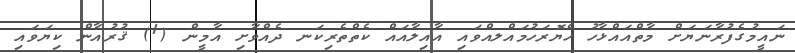
ނައީމުގެފުރާނަޔަށް މާތްއައްޅާހު ހެޔޮރަހުމައްލއްވައި އާއިލާއައް ކެތްތެރިކަނ ދެއްވާށި އާމީން (1) ޤުރުއާން ކިޔަވައި